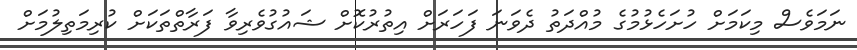
ނަމަވެސް މިކަމަށް ހުށަހެޅުމުގެ މުއްދަތު ދެވަނަ ފަހަރަށް އިތުރުކޮށް ޝައުގުވެރިވާ ފަރާތްތަކަށް ކުރިމަތިލުމަށް